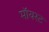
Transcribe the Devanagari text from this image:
मॉयस्ट